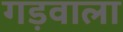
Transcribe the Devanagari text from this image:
गड़वाला